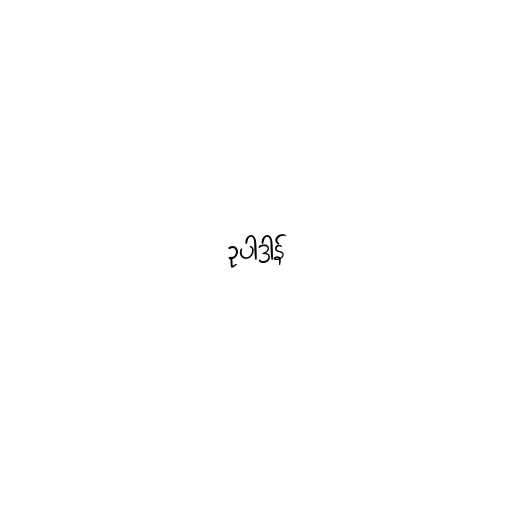
ဥပါဒါန်